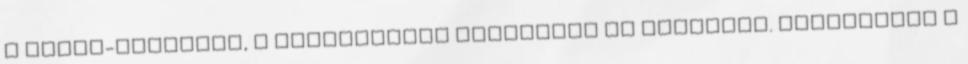
a Tisza-vonalról, s elfoglalják Szolnokot és Ceglédet. Budapesten a